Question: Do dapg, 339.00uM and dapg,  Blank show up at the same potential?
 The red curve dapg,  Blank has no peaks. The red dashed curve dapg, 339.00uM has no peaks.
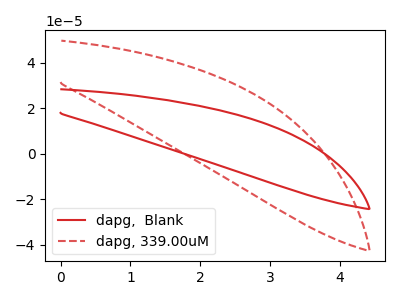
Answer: <think>Neither "dapg, 339.00uM" or "dapg,  Blank" have any peaks.
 </think>
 <answer>"dapg, 339.00uM" and "dapg,  Blank" are similar in shape.</answer>
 <eval>same_shape</eval>